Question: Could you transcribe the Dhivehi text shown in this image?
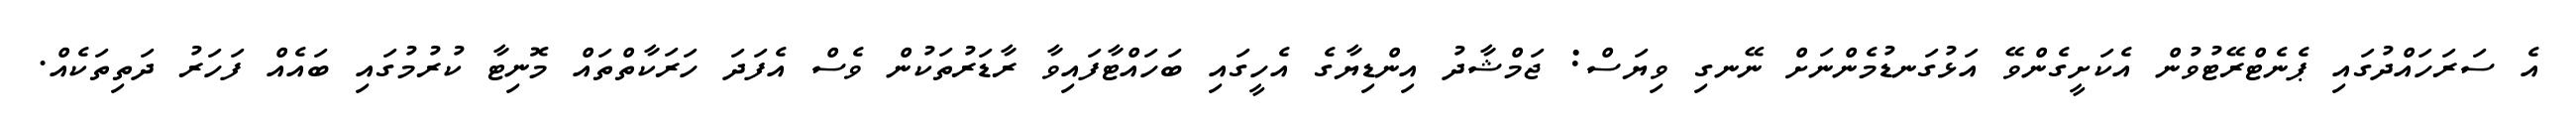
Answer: އެ ސަރަހައްދުގައި ޕެނެޓްރޭޓުވުން އެކަށީގެންވޭ އަޅުގަނޑުމެންނަށް ނޭނގި ވިޔަސް: ޖަމްޝާދު އިންޑިޔާގެ އެހީގައި ބަހައްޓާފައިވާ ރާޑަރުތަކުން ވެސް އެފަދަ ހަރަކާތްތައް މޮނިޓާ ކުރުމުގައި ބައެއް ފަހަރު ދަތިތަކެއް.